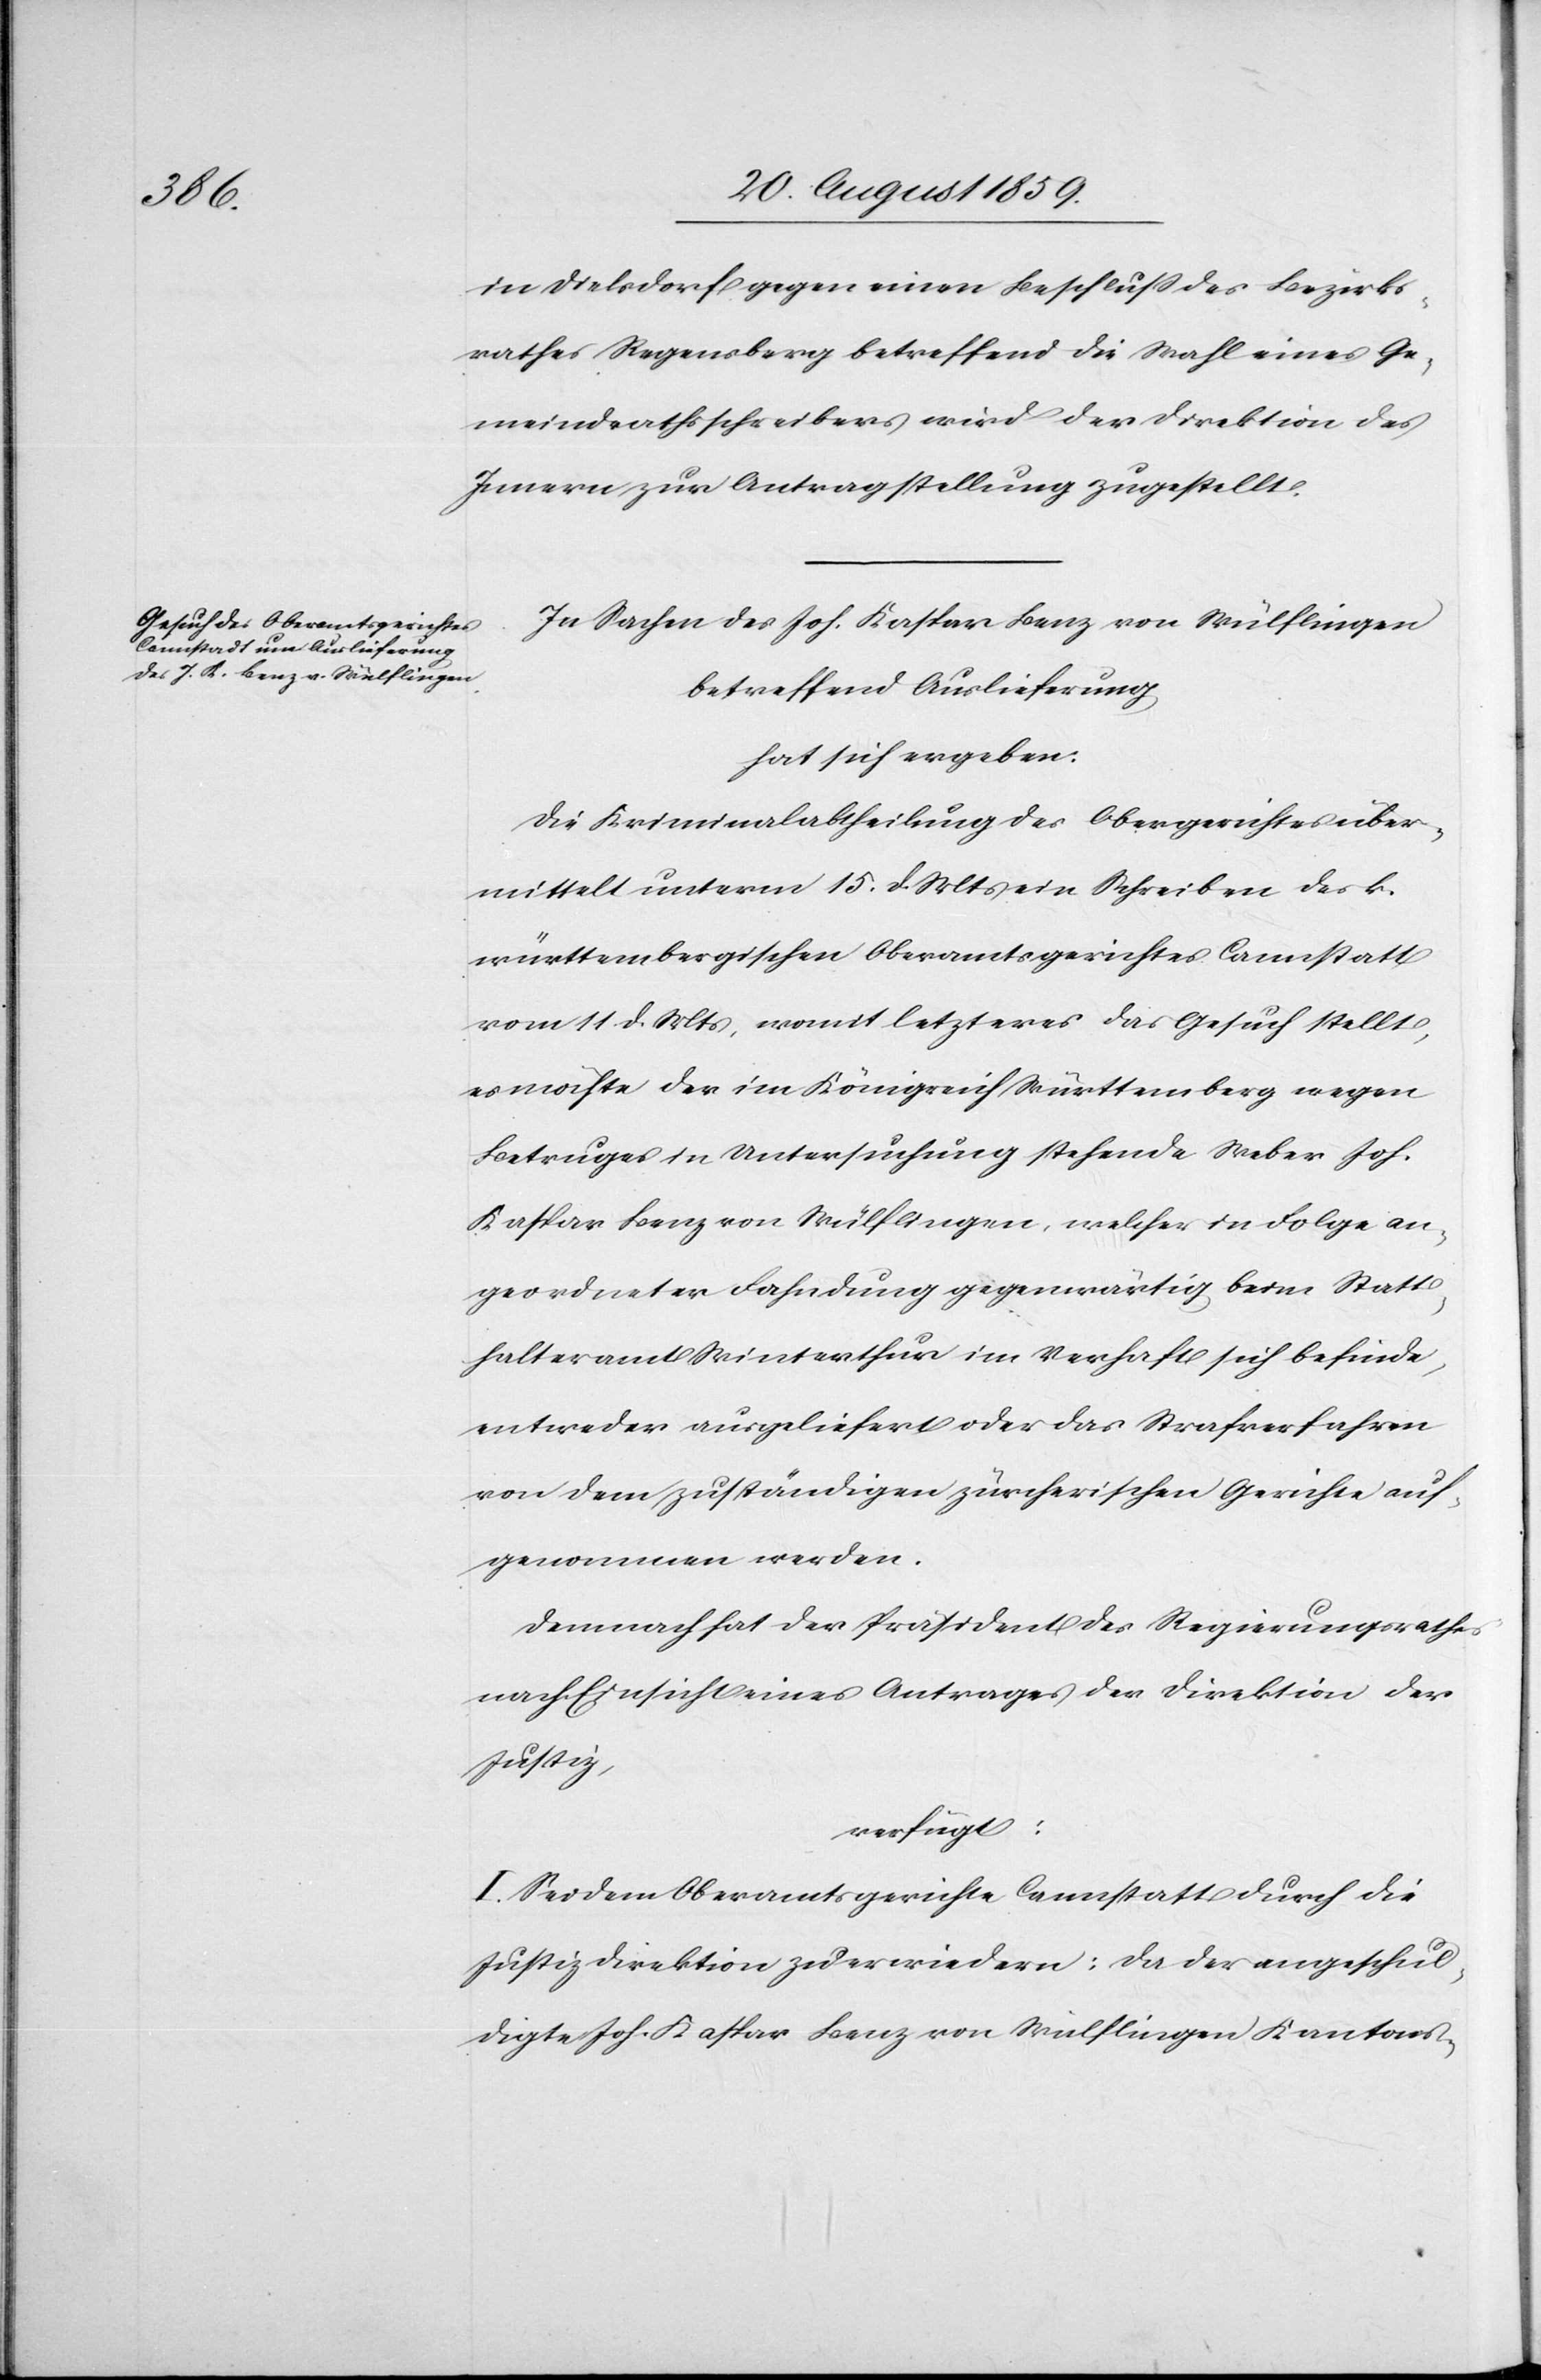
22. August 1859.]
in Dielsdorf gegen einen Beschluß des Bezirks¬
rathes Regensberg betreffend die Wahl eines Ge¬
meindrathsschreibers wird der Direktion des
Innern zur Antragstellung zugestellt.
In Sachen des Joh. Kaspar Benz von Wülflingen
betreffend Auslieferung
hat sich ergeben:
Die Kriminalabtheilung des Obergerichtes über¬
mittelt unterm 15. d. Mts. ein Schreiben des k.
württembergischen Oberamtsgerichtes Cannstatt
vom 11. d. Mts., womit letzteres das Gesuch stellt,
es möchte der im Königreich Württemberg wegen
Betruges in Untersuchung stehende Weber Joh.
Kaspar Benz von Wülflingen, welcher in Folge an¬
geordneter Fahndung gegenwärtig beim Statt¬
halteramt Winterthur im Verhaft sich befinde,
entweder ausgeliefert oder das Strafverfahren
von dem Zuständigen zürcherischen Gerichte auf¬
genommen werden.
Demnach hat der Präsident des Regierungsrathes
nach Einsicht eines Antrages der Direktion der
Justiz,
verfügt:
I. Sei dem Obergerichte Cannstatt durch die
Justizdirektion zu erwiedern: da der angeschul¬
digte Joh. Kaspar Benz von Wülflingen Kantons-